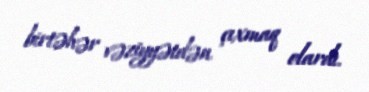
birtəhər vəziyyətdən çıxmaq olardı.